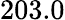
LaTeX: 203.0